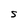
Character: S